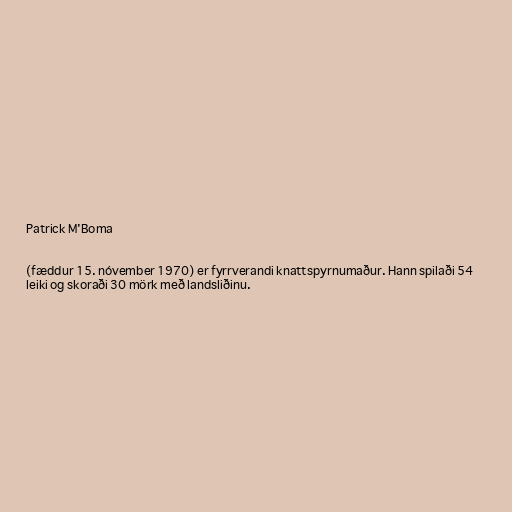
Patrick M'Boma

(fæddur 15. nóvember 1970) er fyrrverandi knattspyrnumaður. Hann spilaði 54
leiki og skoraði 30 mörk með landsliðinu.